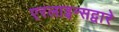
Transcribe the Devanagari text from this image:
एरलाइन्सद्वारे